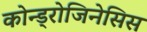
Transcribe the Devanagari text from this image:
कोन्ड्रोजिनेसिस